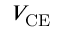
V _ { \mathrm { C E } }